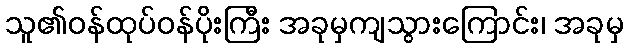
သူ၏ဝန်ထုပ်ဝန်ပိုးကြီး အခုမှကျသွားကြောင်း၊ အခုမှ